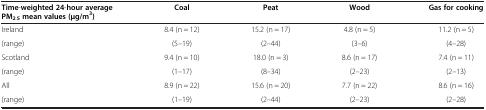
<table><thead><tr><td><b>Time-weighted 24-hour average PM<sub>2.5</sub>mean values (μg/m<sup>3</sup>)</b></td><td><b>Coal</b></td><td><b>Peat</b></td><td><b>Wood</b></td><td><b>Gas for cooking</b></td></tr></thead><tbody><tr><td>Ireland</td><td>8.4 (n = 12)</td><td>15.2 (n = 17)</td><td>4.8 (n = 5)</td><td>11.2 (n = 5)</td></tr><tr><td>(range)</td><td>(5–19)</td><td>(2–44)</td><td>(3–6)</td><td>(4–28)</td></tr><tr><td>Scotland</td><td>9.4 (n = 10)</td><td>18.0 (n = 3)</td><td>8.6 (n = 17)</td><td>7.4 (n = 11)</td></tr><tr><td>(range)</td><td>(1–17)</td><td>(8–34)</td><td>(2–23)</td><td>(2–13)</td></tr><tr><td>All</td><td>8.9 (n = 22)</td><td>15.6 (n = 20)</td><td>7.7 (n = 22)</td><td>8.6 (n = 16)</td></tr><tr><td>(range)</td><td>(1–19)</td><td>(2–44)</td><td>(2–23)</td><td>(2–28)</td></tr></tbody></table>